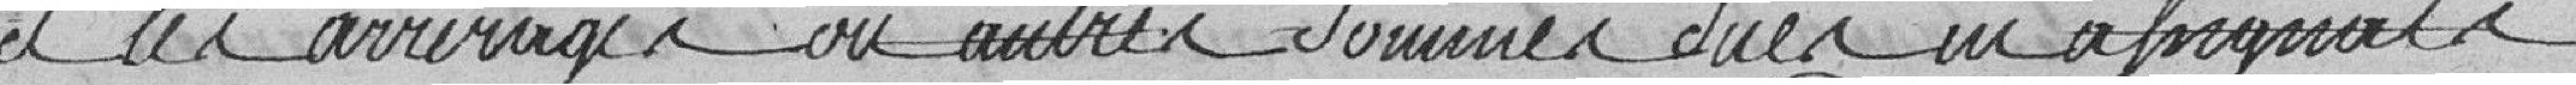
a ces arrivages ou autres sommes dues en assignats